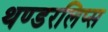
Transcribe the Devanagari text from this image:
थण्डरलिप्स